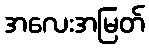
အလေးအမြတ်